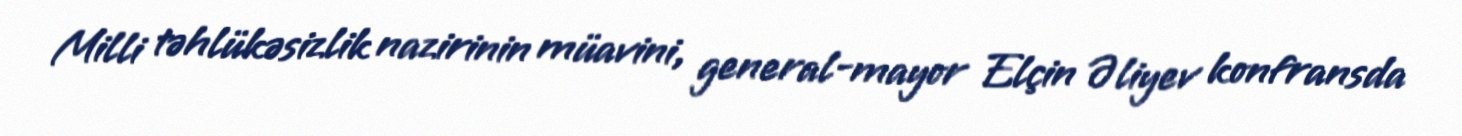
Milli təhlükəsizlik nazirinin müavini, general-mayor Elçin Əliyev konfransda